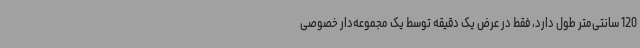
120 سانتی‌متر طول دارد، فقط در عرض یک دقیقه توسط یک مجموعه‌دار خصوصی